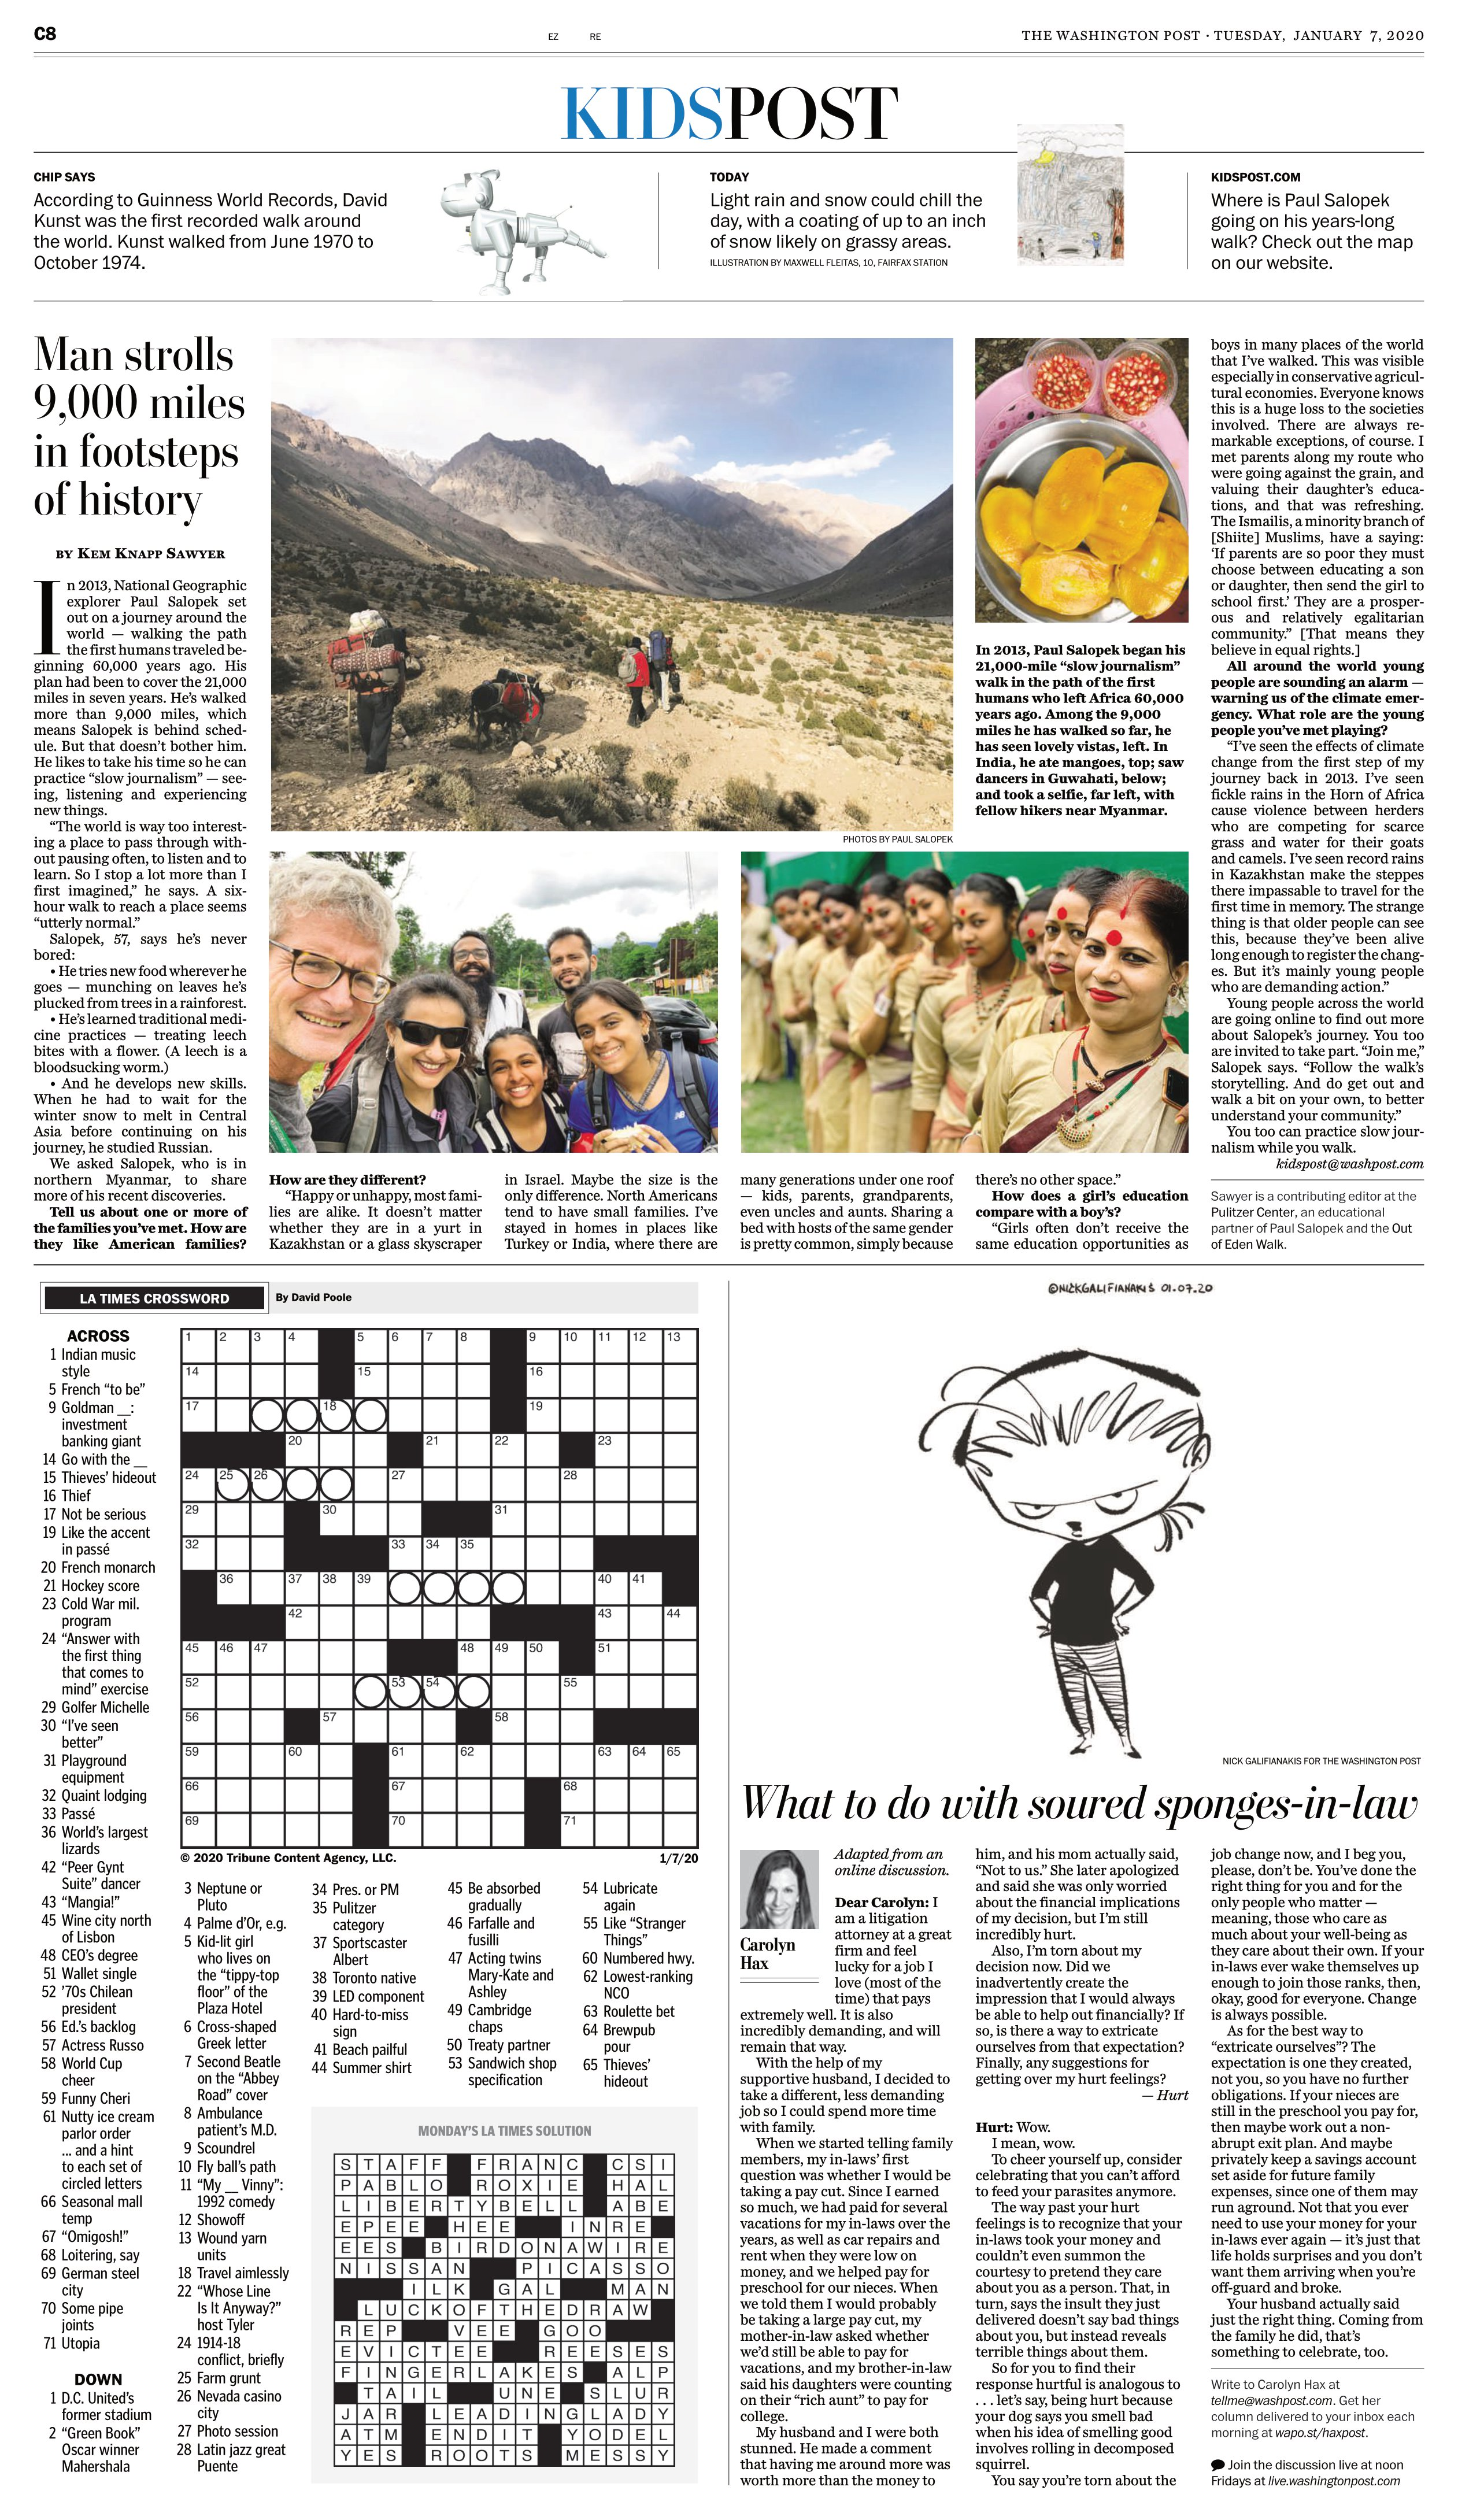
Language: en